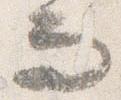
而